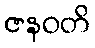
ဇနဝတိ